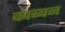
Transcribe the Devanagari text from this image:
काब्बन